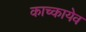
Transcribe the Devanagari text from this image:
काच्कायेव